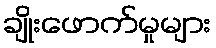
ချိုးဖောက်မှုများ